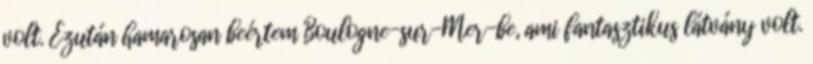
volt. Ezután hamarosan beértem Boulogne-sur-Mer-be, ami fantasztikus látvány volt.